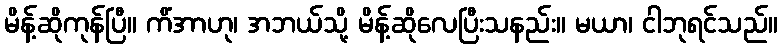
မိန့်ဆိုကုန်ပြီ။ ကိံအာဟု၊ အဘယ်သို့ မိန့်ဆိုလေပြီးသနည်း။ မယာ၊ ငါဘုရင်သည်။